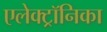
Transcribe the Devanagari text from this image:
एलेक्ट्रॉनिका